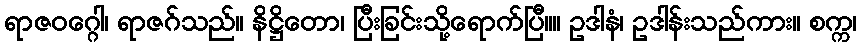
ရာဇဝဂ္ဂေါ၊ ရာဇဂ်သည်။ နိဋ္ဌိတော၊ ပြီးခြင်းသို့ရောက်ပြီ။။ ဥဒါနံ၊ ဥဒါန်းသည်ကား။ စက္က၊